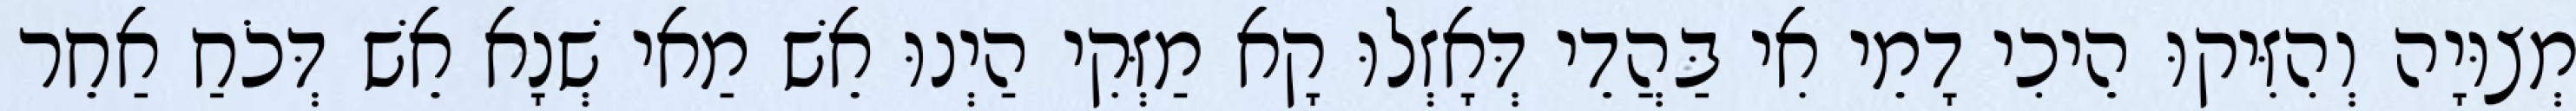
מְצוּיָה וְהִזִּיקוּ הֵיכִי דָמֵי אִי בַּהֲדֵי דְּאָזְלוּ קָא מַזְּקִי הַיְנוּ אֵשׁ מַאי שְׁנָא אֵשׁ דְּכֹחַ אַחֵר